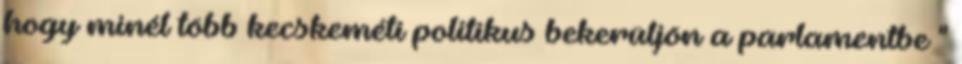
hogy minél több kecskeméti politikus bekerüljön a parlamentbe "